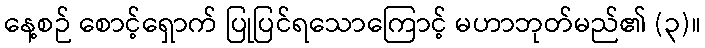
နေ့စဉ် စောင့်ရှောက် ပြုပြင်ရသောကြောင့် မဟာဘုတ်မည်၏ (၃)။